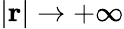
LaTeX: |\mathbf{r}|\to+\infty